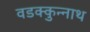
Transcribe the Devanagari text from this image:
वडक्कुन्नाथ